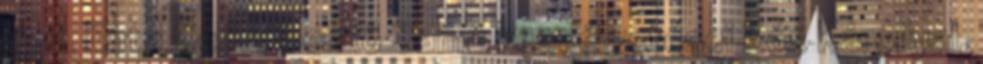
15 u. Entz Géza: Benkő Samu beszélgetései Kós Károllyal.